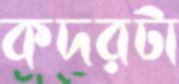
কদরটা